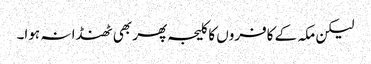
لیکن مکہ کے کافروں کا کلیجہ پھر بھی ٹھنڈا نہ ہوا۔